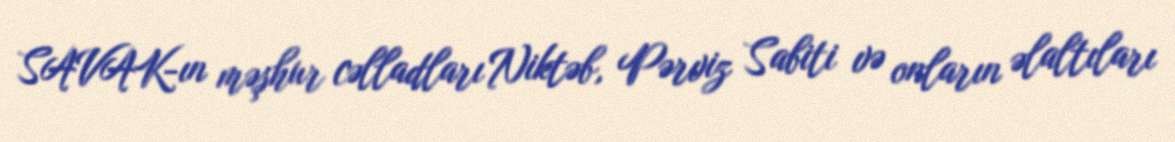
SAVAK-ın məşhur cəlladları Niktəb, Pərviz Sabiti və onların əlaltıları